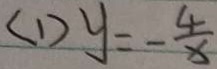
( 1 ) y = - \frac { 4 } { x }